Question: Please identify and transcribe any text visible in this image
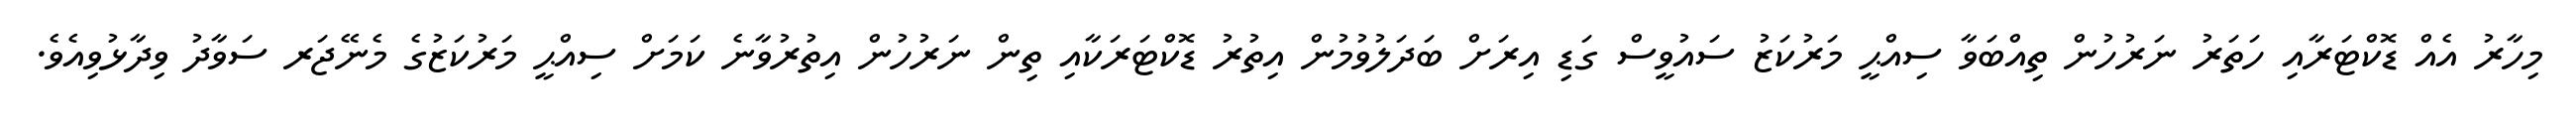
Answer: މިހާރު އެއް ޑޮކްޓަރާއި ހަތަރު ނަރުހުން ތިއްބަވާ ސިއްޙީ މަރުކަޒު ސައުވީސް ގަޑި އިރަށް ބަދަލުވުމުން އިތުރު ޑޮކްޓަރަކާއި ތިން ނަރުހުން އިތުރުވާނެ ކަމަށް ސިއްޙީ މަރުކަޒުގެ މެނޭޖަރ ސަވާދު ވިދާޅުވިއެވެ.